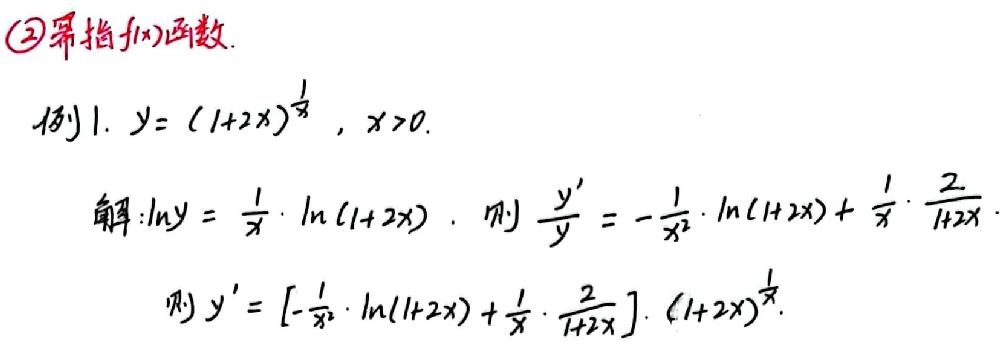
$\textcircled{2}$幂指 \(f(x)\)函数.
例1. \(y=(1 + 2x)^{\frac{1}{x}},x>0\).
解:\(\ln y=\frac{1}{x}\cdot\ln(1 + 2x)\). 则\(\frac{y'}{y}=-\frac{1}{x^{2}}\cdot\ln(1 + 2x)+\frac{1}{x}\cdot\frac{2}{1 + 2x}\).
则\(y'=[-\frac{1}{x^{2}}\cdot\ln(1 + 2x)+\frac{1}{x}\cdot\frac{2}{1 + 2x}]\cdot(1 + 2x)^{\frac{1}{x}}\).